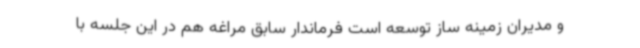
و مدیران زمینه ساز توسعه است فرماندار سابق مراغه هم در این جلسه با